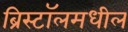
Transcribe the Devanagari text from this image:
ब्रिस्टॉलमधील